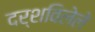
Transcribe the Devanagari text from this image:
दर्शविलेले